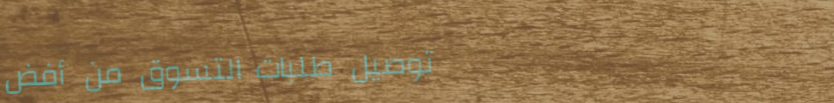
توصيل طلبات التسوق من أفض